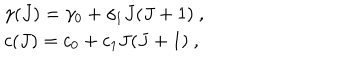
\begin{array} { l } { { \gamma ( J ) = \gamma _ { 0 } + \gamma _ { 1 } J ( J + 1 ) ~ , } } \\ { { c ( J ) = c _ { 0 } + c _ { 1 } J ( J + 1 ) ~ , } } \\ \end{array}